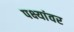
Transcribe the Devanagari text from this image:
पक्ष्यांवर